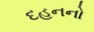
દહનનો